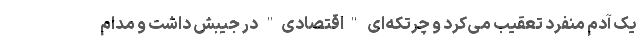
یک آدم منفرد تعقیب می‌کرد و چرتکه‌ای "اقتصادی" در جیبش داشت و مدام